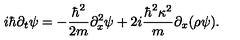
i \hbar \partial _ { t } \psi = - { \frac { \hbar ^ { 2 } } { 2 m } } \partial _ { x } ^ { 2 } \psi + 2 i { \frac { \hbar ^ { 2 } \kappa ^ { 2 } } { m } } \partial _ { x } ( \rho \psi ) .